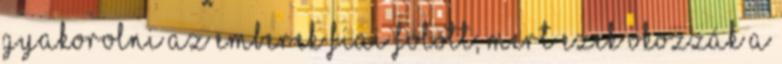
gyakorolni az emberek fiai fölött; mert ezek okozzák a